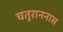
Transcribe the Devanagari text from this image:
चतुराननास